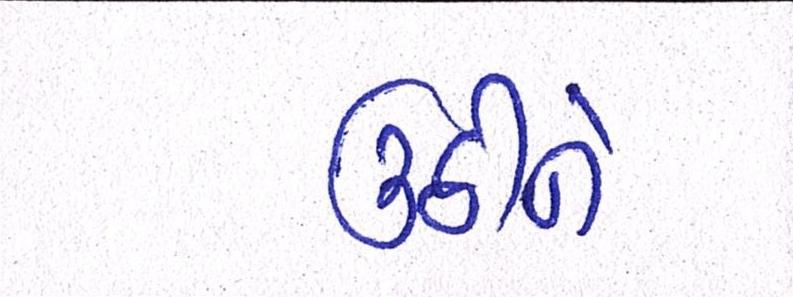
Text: ઉઠીને